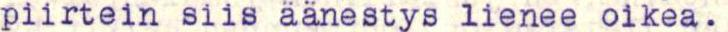
piirtein siis äänestys lienee oikea.